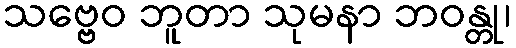
သဗ္ဗေဝ ဘူတာ သုမနာ ဘဝန္တု၊